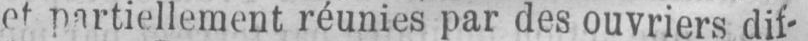
et partiellement réunies par des ouvriers dif-